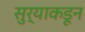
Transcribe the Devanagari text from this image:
सुर्याकडून